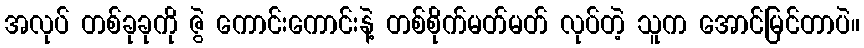
အလုပ် တစ်ခုခုကို ဇွဲ ကောင်းကောင်းနဲ့ တစ်စိုက်မတ်မတ် လုပ်တဲ့ သူက အောင်မြင်တာပဲ။